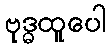
ဗုဒ္ဓထူပေါ